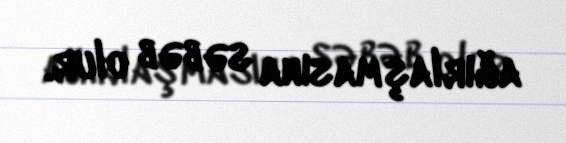
ağırlaşmasına səbəb olur.